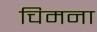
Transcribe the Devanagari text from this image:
चिमना